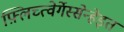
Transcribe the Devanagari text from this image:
फ़्लिच्त्वेर्गेस्सेन्हेइत